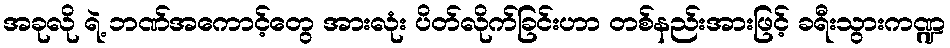
အခုလို ရဲ့ ဘဏ်အကောင့်တွေ အားလုံး ပိတ်လိုက်ခြင်းဟာ တစ်နည်းအားဖြင့် ခရီးသွားကဏ္ဍ